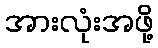
အားလုံးအဖို့